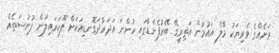
ރަށެއްގެ ވެރިޔަކު މާލެ އައުމުން އަތިރީގޭ ބޭރުފެންޑާގައި ހުންނަ އަދަރާދަގޮނޑިއަކަށް ފޫހަރައިލަން ފުރުސަތެއް